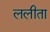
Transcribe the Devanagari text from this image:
ललीता